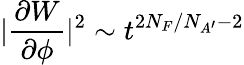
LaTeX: |\frac{\partial W}{\partial\phi}|^{2}\sim t^{2N_{F}/N_{A^{\prime}}-2}